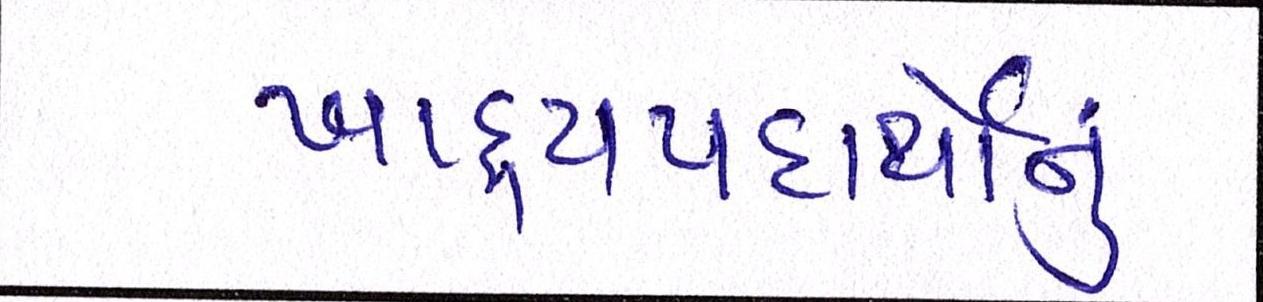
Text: ખાદ્યપદાર્થોનું